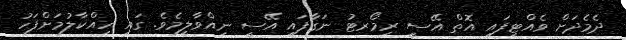
ދެމެދަށް ވެއްޓިފައި އޮތް އޭސީ ރިމޯރޓު ނަގާފައި އޭސީ ނިއްވާލީމެވެ. ގައި ހިއްކާލުމަށްފަހު